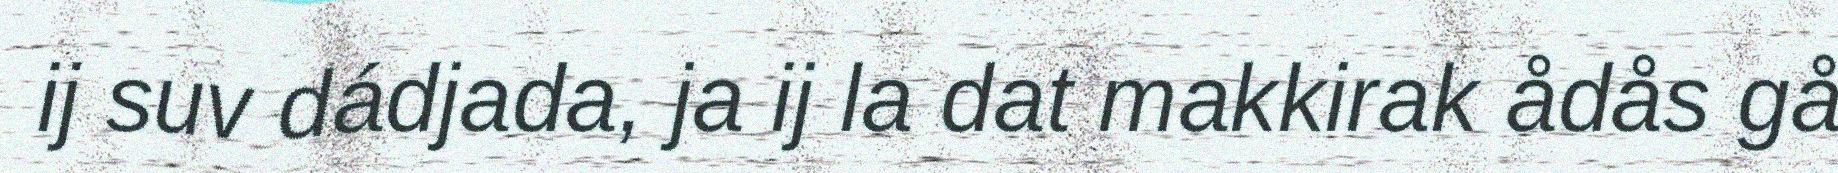
ij suv dádjada, ja ij la dat makkirak ådås gå